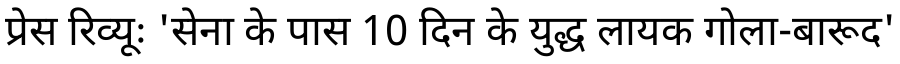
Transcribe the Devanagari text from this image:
प्रेस रिव्यूः 'सेना के पास 10 दिन के युद्ध लायक गोला-बारूद'